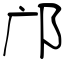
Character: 邝